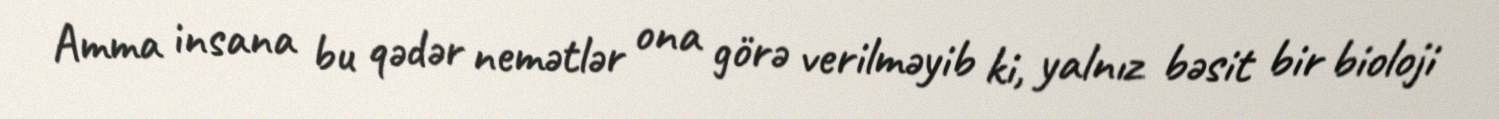
Amma insana bu qədər nemətlər ona görə verilməyib ki, yalnız bəsit bir bioloji